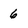
Character: 6